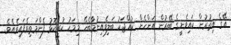
އޭގެ އިތުރުން ކައިވެނީގެ ބޭރުން އަންހެން ކުއްޖަކު ބަލިވެއިނުމާބެހޭ މިމަހު ކުރީކޮޅު ފެންމަތިވެފައިވެއެވެ.